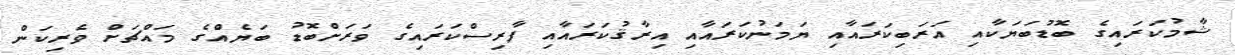
ޝާމުކަރައިގެ ބޮޑުބަޔަކާއި އަރަބިކަރައާއި ޔަމަނުކަރައާއި އިރާޤުކަރައާއި ފާރިސްކަރައިގެ ވަރަށްބޮޑު ބަޔެއްގެ މައްޗަށް ވެރިކަން